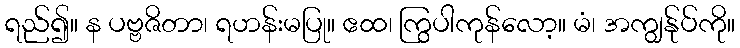
ရည်၍။ န ပဗ္ဗဇိတာ၊ ရဟန်းမပြု။ ဧထ၊ ကြွပါကုန်လော့။ မံ၊ အကျွန်ုပ်ကို။